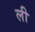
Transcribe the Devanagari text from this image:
ली